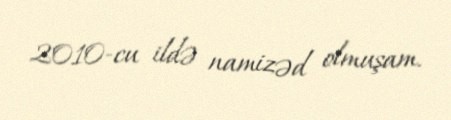
2010-cu ildə namizəd olmuşam.